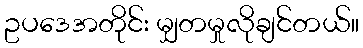
ဥပဒေအတိုင်း မျှတမှုလိုချင်တယ်။